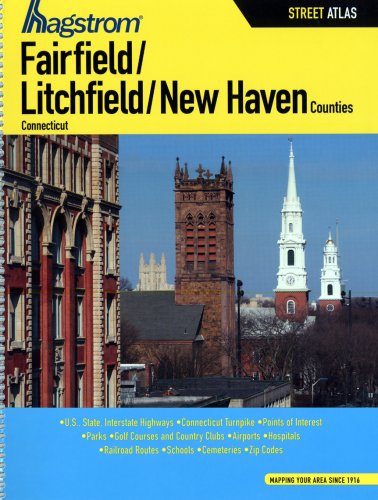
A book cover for Hagstrom Fairfield/ Litchfield/ New Haven Counties: Connecticut; Travel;